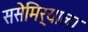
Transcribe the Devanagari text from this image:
ससेमिर्‍याला